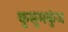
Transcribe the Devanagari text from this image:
कुसुमकुंज